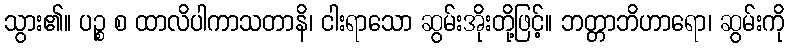
သွား၏။ ပဉ္စ စ ထာလိပါကာသတာနိ၊ ငါးရာသော ဆွမ်းအိုးတို့ဖြင့်။ ဘတ္တာဘိဟာရော၊ ဆွမ်းကို